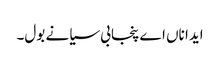
ایدا ناں اے پنجابی سیانے بول۔